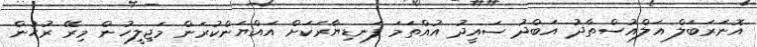
އޮނަރަބަލް އަލްއުސްތާޛު އަބްދު ސައީދު އުއްތަމަ ފަނޑިޔާރަކަށް އައްޔަންކުރަން މަޖިލީހުން މިރޭ ރުހުން